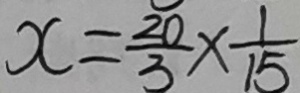
x = \frac { 2 0 } { 3 } \times \frac { 1 } { 1 5 }